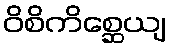
ဝိစိကိစ္ဆေယျ